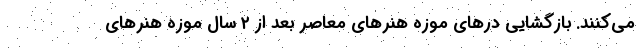
می‌کنند. بازگشایی درهای موزه هنرهای معاصر بعد از ۲ سال موزه هنرهای